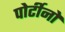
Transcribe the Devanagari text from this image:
पोर्टीनो